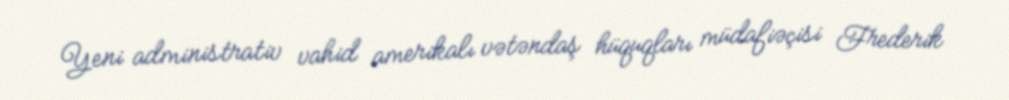
Yeni administrativ vahid amerikalı vətəndaş hüquqları müdafiəçisi Frederik